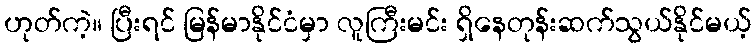
ဟုတ်ကဲ့။ ပြီးရင် မြန်မာနိုင်ငံမှာ လူကြီးမင်း ရှိနေတုန်းဆက်သွယ်နိုင်မယ့်